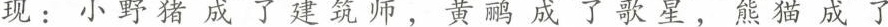
现：小野猪成建筑师，黄鹂成 次星，熊猫成